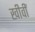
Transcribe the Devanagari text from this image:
खीवीं